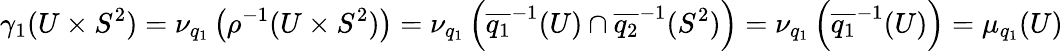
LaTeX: \gamma_{1}(U\times S^{2})=\nu_{q_{1}}\left(\rho^{-1}(U\times S^{2})\right)=\nu_{q_{1}}\left(\overline{{{q_{1}}}}^{-1}(U)\cap\overline{{q_{2}}}^{-1}(S^{2})\right)=\nu_{q_{1}}\left(\overline{{{q_{1}}}}^{-1}(U)\right)=\mu_{q_{1}}(U)